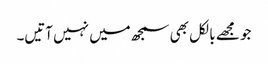
جو مجھے بالکل بھی سمجھ میں نہیں آتیں۔